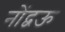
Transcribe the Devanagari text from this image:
नोंद्वऊ